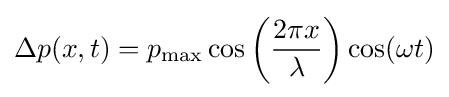
\Delta p(x,t)=p_{\text{max}}\cos \left({2\pi x \over \lambda }\right)\cos(\omega t)